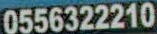
0556322210